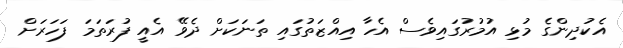
އެކުދިންގެ މުޅި އުމުރުގައިވެސް އެހާ އިއްޒަތުގައި ތަނަކަށް ދެވޭ އެއީ ފުރަތަމަ ފަހަރަށް